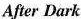
After Dark